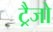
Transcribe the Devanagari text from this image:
ट्रैजो